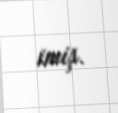
imiş.